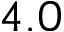
4 . 0